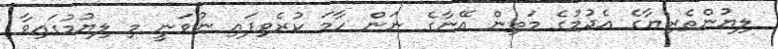
ލިޔުންތެރިޔާގެ އެދުމުގެ މަތިން އޭނާގެ ނަން ހާމަ ކުރެވިފައި ނުވަނީ މި ލިޔުމުގައިވާ